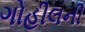
ગોહીલની